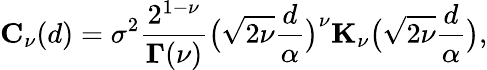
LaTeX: \mathbf{C}_{\nu}(d)=\sigma^{2}\frac{2^{1-\nu}}{\mathbf{\Gamma}(\nu)}\big(\sqrt{2\nu}\frac{d}{\alpha}\big)^{\nu}\mathbf{K}_{\nu}\big(\sqrt{2\nu}\frac{d}{\alpha}\big),